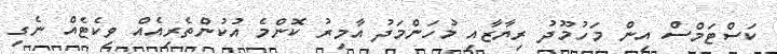
ކަސްޓަމްސް އިން މަހުމޫދު ރިޔާޒާއި މުހަންމަދު އާމިރު ކޮންމެ އުކުންތެރިއެއް ވިކެޓެއް ނެގި